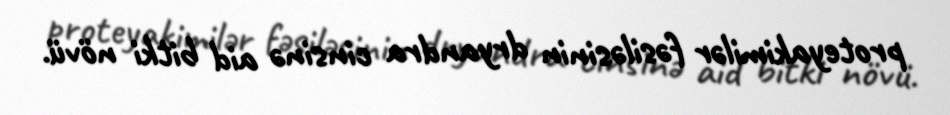
proteyakimilər fəsiləsinin dryandra cinsinə aid bitki növü.